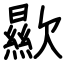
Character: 歞